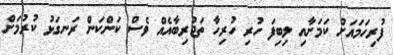
ފުރިހަމައަށް ކަމަށާއި ލިބިފަ ހުރި ހުރިހާ ތަޖުރިބާއެއް ވެސް ކަންކަން ރަނގަޅު ކުރުމަށް